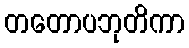
တတောပဘုတိကာ